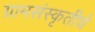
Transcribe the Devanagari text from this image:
ग्रामसंस्कृतीचे